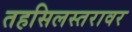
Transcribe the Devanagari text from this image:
तहसिलस्तरावर